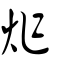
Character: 炸